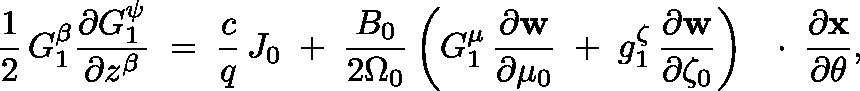
\frac { 1 } { 2 } \, G _ { 1 } ^ { \beta } \frac { \partial G _ { 1 } ^ { \psi } } { \partial z ^ { \beta } } \; = \; \frac { c } { q } \, J _ { 0 } \; + \; \frac { B _ { 0 } } { 2 \Omega _ { 0 } } \left( G _ { 1 } ^ { \mu } \, \frac { \partial \bf w } { \partial \mu _ { 0 } } \; + \; g _ { 1 } ^ { \zeta } \, \frac { \partial \bf w } { \partial \zeta _ { 0 } } \right) \, \mathrm { ~ \boldmath ~ \cdot ~ } \, \frac { \partial \bf x } { \partial \theta } ,